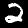
Digit: 2